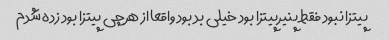
پیتزا نبود فقط پنیرپیتزا بود خیلی بد بود واقعا از هرچی پیتزا بود زده شدم